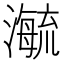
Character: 𬉕